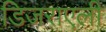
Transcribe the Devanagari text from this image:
डिजराएली